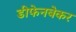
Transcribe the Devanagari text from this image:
डीफेनबेकर